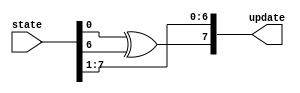
`timescale 1ns/1ps
module u_LFSR3 (state, update);
input [8 - 1 : 0] state;
output [8 - 1 : 0] update;

assign update[7] = state[0] ^ state [6];
assign update[7 - 1 : 0] = state[7: 1];

endmodule